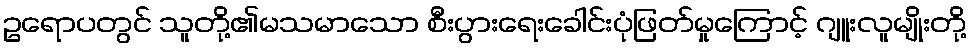
ဥရောပတွင် သူတို့၏မသမာသော စီးပွားရေးခေါင်းပုံဖြတ်မှုကြောင့် ဂျူးလူမျိုးတို့